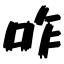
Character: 咋